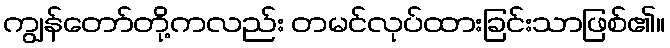
ကျွန်တော်တို့ကလည်း တမင်လုပ်ထားခြင်းသာဖြစ်၏။